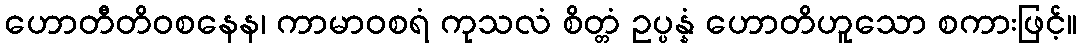
ဟောတီတိဝစနေန၊ ကာမာဝစရံ ကုသလံ စိတ္တံ ဥပ္ပန္နံ ဟောတိဟူသော စကားဖြင့်။